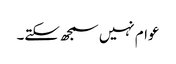
عوام نہیں سمجھ سکتے۔